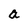
Character: a